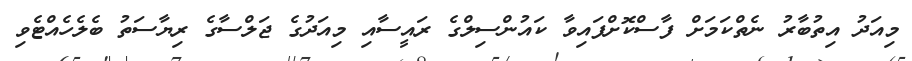
މިއަދު އިތުބާރު ނެތްކަމަށް ފާސްކޮށްފައިވާ ކައުންސިލްގެ ރައީސާއި މިއަދުގެ ޖަލްސާގެ ރިޔާސަތު ބެލެހެއްޓެވި